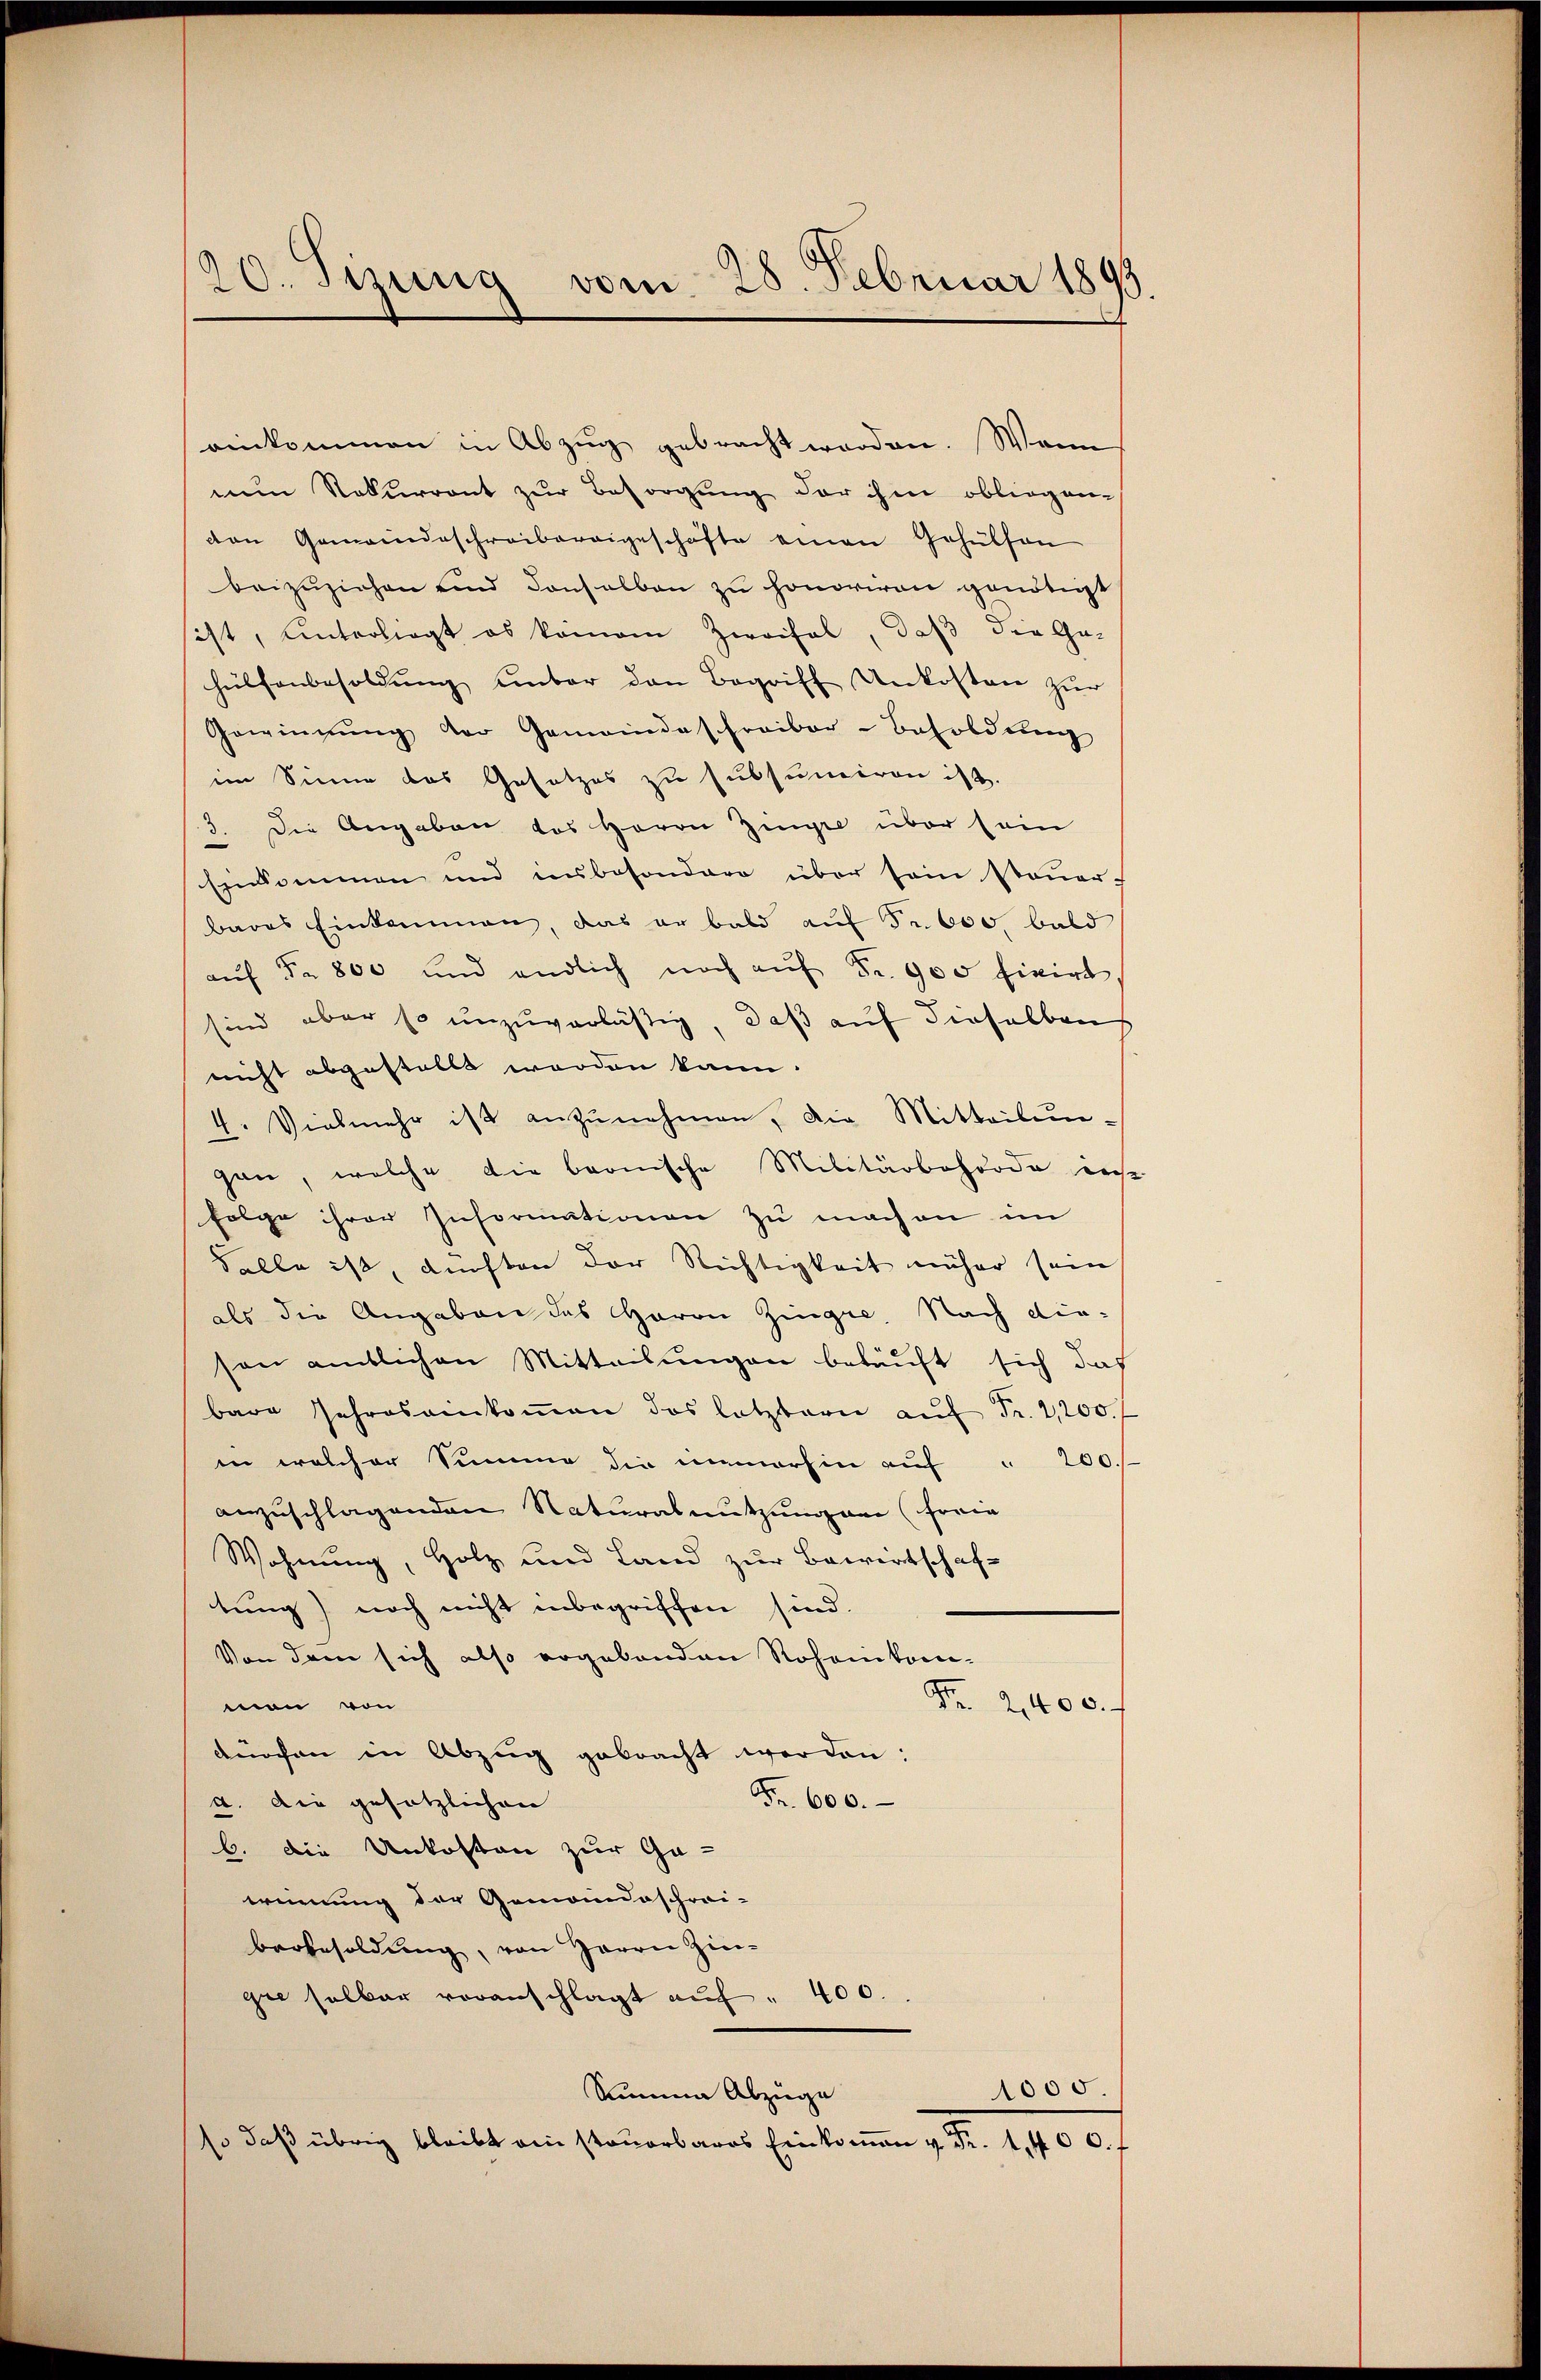
20. Sizung vom 28. Februar 1893.

einkommen in Abzug gebracht worden. Wenn
nun Naturront zur Besorgung der ihm obliegen-
den Gemeindeschreibereigeschäfte einen Gehülfen
beizŭziehen und denselben zŭ honoriren genötigt
sist, Unterliegt es kamen Zweifel, daß die Ge-
hülfenbesoldŭng umber den Begriff Unkosten zŭr
Gewinnung der Gemeindeschreiber-Besoldung
im Sinne das Gesetzes zu subsumiren ist.
3. Die Angaben des Herrn Zinge über sein
Einkommen und unbesondere über sein Steŭer-
bares Einkommen, das er bald auf Fr. 600 bald
aŭf Fr. 800 und endlich noch aŭf Fr. 900 fivirt,
sind aber so unzuverläßig, daß auf dieselbens
nicht abgestellt worden kann.
4. Vielmehr ist anzŭnehmen, die Mitteilungan, welche die beonische Militärbehörde des
Folge ihrer Informationen zu machen im
Salle ist, dichten der Richtigkeit näher sein
als die Angaben das Herrn Zinger. Nach die-
son amtlichen Mitteilungen beläuft sich das
bare Jahres einkoṁen des letztern aŭf Fr. 2,200.
in welcher Summe die immerhin auf " 200.
anzuschlagenden Naturalnutzung an (Forie
Wohnung, Holz und Land zur Bewirtschaftung) noch nicht inbegriffen sind.
Von dem sich also ergebenden Rohamikon-
Fr. 2400. f
man von
dürchen in Abzug gebracht werden:
Fr. 600.
d. Die gesetzlichen
b. die Unkosten zur Ga-
erinnung der Gemeindeschrei-
berbesoldung, von Herrn Zingie selber voranschlagt aŭf " 400.
1000.
Summe Abzuge
so daß übrig bleibt ein steuerbares Einkomen v. Fr. 1400. f